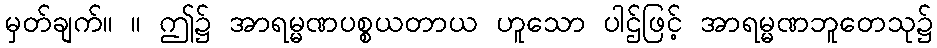
မှတ်ချက်။ ။ ဤ၌ အာရမ္မဏပစ္စယတာယ ဟူသော ပါဌ်ဖြင့် အာရမ္မဏဘူတေသု၌